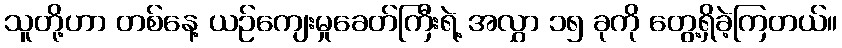
သူတို့ဟာ တစ်နေ့ ယဉ်ကျေးမှုခေတ်ကြီးရဲ့ အလွှာ ၁၅ ခုကို တွေ့ရှိခဲ့ကြတယ်။